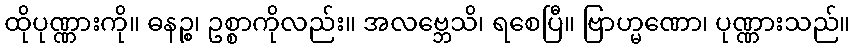
ထိုပုဏ္ဏားကို။ ဓနဉ္စ၊ ဥစ္စာကိုလည်း။ အလဗ္ဘေသိ၊ ရစေပြီ။ ဗြာဟ္မဏော၊ ပုဏ္ဏားသည်။